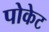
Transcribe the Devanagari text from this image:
पोकेट